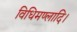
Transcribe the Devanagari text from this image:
विधिमण्लादि।